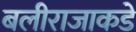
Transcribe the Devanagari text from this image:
बलीराजाकडे